Annual administration report of the Civil Veterinary Department, Ajmere-Merwara, British Rajputana - 1914-1940
Year: 1914
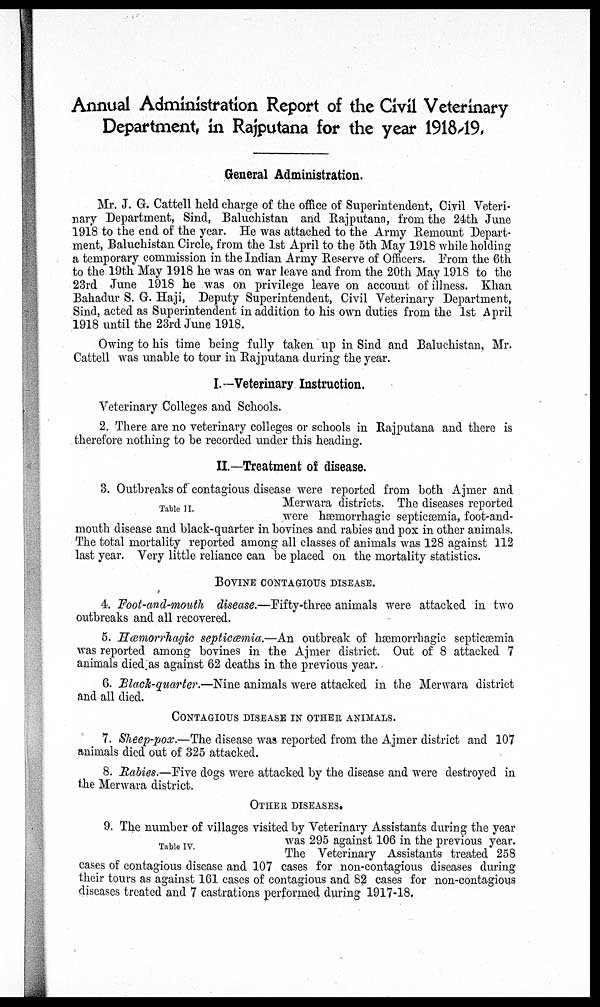
Annual Administration Report of the Civil Veterinary
Department, in Rajputana for the year 1918-19.
General Administration.
Mr. J. G. Cattell held charge of the office of Superintendent, Civil Veteri-
nary Department, Sind, Baluchistan and Rajputana, from the 24th June
1918 to the end of the year. He was attached to the Army Remount Depart-
ment, Baluchistan Circle, from the 1st April to the 5th May 1918 while holding
a temporary commission in the Indian Army Reserve of Officers. From the 6th
to the 19th May 1918 he was on war leave and from the 20th May 1918 to the
23rd June 1918 he was on privilege leave on account of illness. Khan
Bahadur S. G. Haji, Deputy Superintendent, Civil Veterinary Department,
Sind, acted as Superintendent in addition to his own duties from the 1st April
1918 until the 23rd June 1918.
Owing to his time being fully taken up in Sind and Baluchistan, Mr.
Cattell was unable to tour in Rajputana during the year.
I.—Veterinary Instruction.
Veterinary Colleges and Schools.
2. There are no veterinary colleges or schools in Rajputana and there is
therefore nothing to be recorded under this heading.
II.—Treatment of disease.
Table II.
3. Outbreaks of contagious disease were reported from both Ajmer and
Merwara districts. The diseases reported
were hæmorrhagic septicæmia, foot-and-
mouth disease and black-quarter in bovines and rabies and pox in other animals.
The total mortality reported among all classes of animals was 128 against 112
last year. Very little reliance can be placed on the mortality statistics.
BOVINE CONTAGIOUS DISEASE.
4. Foot-and-mouth disease.—Fifty-three animals were attacked in two
outbreaks and all recovered.
5. Hæmorrhagic septicæmia.—An outbreak of hæmorrhagic septicæmia
was reported among bovines in the Ajmer district. Out of 8 attacked 7
animals died as against 62 deaths in the previous year.
6. Black-quarter.—Nine animals were attacked in the Merwara district
and all died.
CONTAGIOUS DISEASE IN OTHER ANIMALS.
7. Sheep-pox.—The disease was reported from the Ajmer district and 107
animals died out of 325 attacked.
8. Rabies.—Five dogs were attacked by the disease and were destroyed in
the Merwara district.
OTHER DISEASES.
Table IV.
9. The number of villages visited by Veterinary Assistants during the year
was 295 against 106 in the previous year.
The Veterinary Assistants treated 258
cases of contagious disease and 107 cases for non-contagious diseases during
their tours as against 161 cases of contagious and 82 cases for non-contagious
diseases treated and 7 castrations performed during 1917-18.